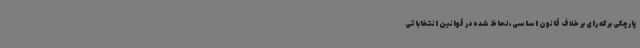
پارچگی برگه رای بر خلاف قانون اساسی، لحاظ شده در قوانین انتخاباتی